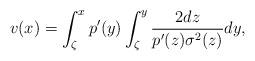
LaTeX: \begin{align*}v(x) = \int_{\zeta}^{x} p'(y) \int_{\zeta}^{y} \frac{2 dz}{p'(z) \sigma^2(z)} dy,\end{align*}